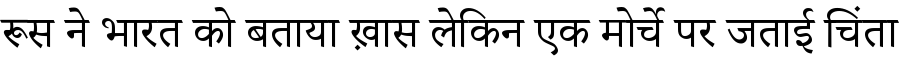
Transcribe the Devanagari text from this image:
रूस ने भारत को बताया ख़ास लेकिन एक मोर्चे पर जताई चिंता